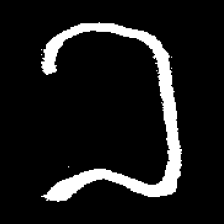
Pyu character \u2014 Myanmar letter: ခ (romanized: kha)